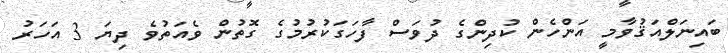
ބައިނަލްއަޤުވާމީ އަންހެން ކުދިންގެ ދުވަސް ފާހަގަކުރުމުގެ ގޮތުން ވެއަތުވެ ދިޔަ 3 އަހަރު